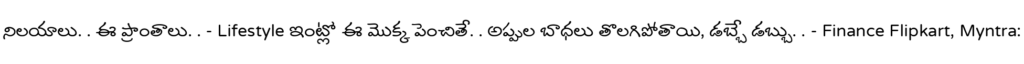
నిలయాలు. . ఈ ప్రాంతాలు. . - Lifestyle ఇంట్లో ఈ మొక్క పెంచితే. . అప్పుల బాధలు తొలగిపోతాయి, డబ్బే డబ్బు. . - Finance Flipkart, Myntra: